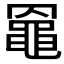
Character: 𪓙